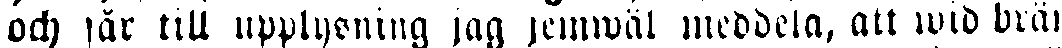
och får till upplysning jag jemwäl meddela, att wid brän